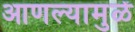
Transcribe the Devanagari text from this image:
आणल्यामुळें